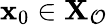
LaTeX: {\mathbf{x}}_{0}\in{\mathbf{X}}_{\mathcal{O}}